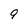
Character: 9